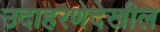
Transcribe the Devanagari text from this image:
उदाहरणेदेखील